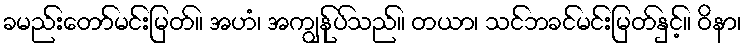
ခမည်းတော်မင်းမြတ်။ အဟံ၊ အကျွန်ုပ်သည်။ တယာ၊ သင်ဘခင်မင်းမြတ်နှင့်။ ဝိနာ၊